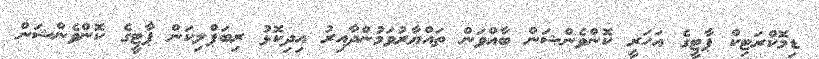
ޑިމޮކްރަޓިކް ޕާޓީގެ އަހަރީ ކޮންވެންޝަން ބާއްވަން ތައްޔާރުވަމުންދާއިރު އިދިކޮޅު ރިބަޕްލިކަން ޕާޓީގެ ކޮންވެންޝަން